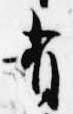
有